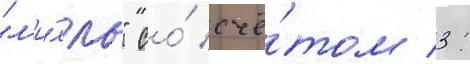
"л'и́лль" со́ счё́том 3: